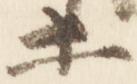
等